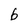
Character: b